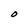
Character: O